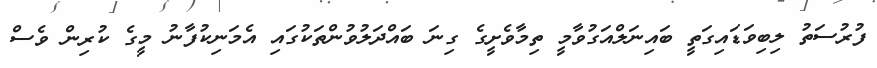
ފުރުސަތު ލިބިވަޑައިގަތީ ބައިނަލްއަގުވާމީ ތިމާވެށީގެ ގިނަ ބައްދަލުވުންތަކުގައި އެމަނިކުފާނު މީގެ ކުރިން ވެސް